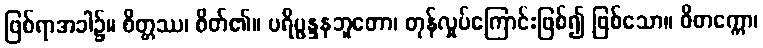
ဖြစ်ရာအခါ၌။ စိတ္တဿ၊ စိတ်၏။ ပရိပ္ဖန္ဒနဘူတော၊ တုန်လှုပ်ကြောင်းဖြစ်၍ ဖြစ်သော။ ဝိတက္ကော၊